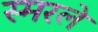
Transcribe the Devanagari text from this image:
स्मरले